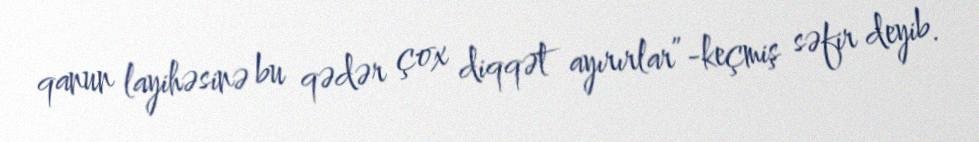
qanun layihəsinə bu qədər çox diqqət ayırırlar”-keçmiş səfir deyib.